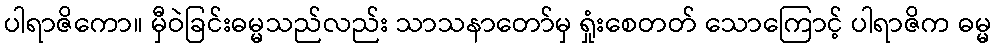
ပါရာဇိကော။ မှီဝဲခြင်းဓမ္မသည်လည်း သာသနာတော်မှ ရှုံးစေတတ် သောကြောင့် ပါရာဇိက ဓမ္မ